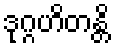
ဒုဂ္ဂဟိတန္တိ